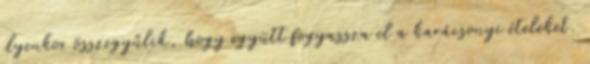
ilyenkor összegyűlik, hogy együtt fogyassza el a karácsonyi ételeket.